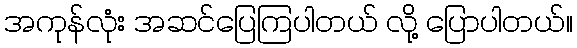
အကုန်လုံး အဆင်ပြေကြပါတယ် လို့ ပြောပါတယ်။